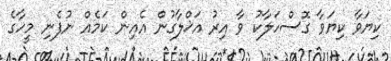
ކިޔަވާ ކިޔަވާ ގޮސްހަލާކު ވާ އިރު އަޚްލާގުން އެއިން ކަމެއް ނުފެނި މީހާގެ